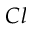
C l